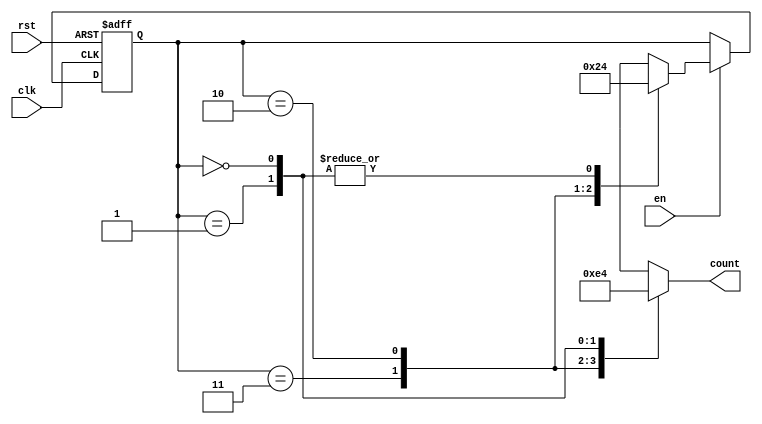
module down_counter_moore (
    input wire clk,      // Clock signal
    input wire rst,      // Asynchronous reset
    input wire en,       // Enable signal
    output reg [1:0] count // 2-bit output representing the count (S3, S2, S1, S0)
);

// State encoding
localparam S3 = 2'b11; // State 3
localparam S2 = 2'b10; // State 2
localparam S1 = 2'b01; // State 1
localparam S0 = 2'b00; // State 0

// State variable
reg [1:0] current_state;

// Sequential logic to update state
always @(posedge clk or posedge rst) begin
    if (rst) begin
        current_state <= S3; // Reset to initial state S3
    end else if (en) begin
        case (current_state)
            S3: current_state <= S2; // Transition from S3 to S2
            S2: current_state <= S1; // Transition from S2 to S1
            S1: current_state <= S0; // Transition from S1 to S0
            S0: current_state <= S0; // Remain in S0
            default: current_state <= S3; // Default to S3 on unexpected state
        endcase
    end
end

// Combinatorial logic for output
always @(*) begin
    case (current_state)
        S3: count = 2'b11; // Output count for S3
        S2: count = 2'b10; // Output count for S2
        S1: count = 2'b01; // Output count for S1
        S0: count = 2'b00; // Output count for S0
        default: count = 2'bxx; // Undefined state
    endcase
end

endmodule